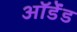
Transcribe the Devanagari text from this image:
ऑर्डेंड